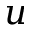
u